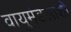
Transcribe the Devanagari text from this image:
वायुमंडलाशी